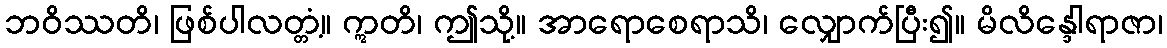
ဘဝိဿတိ၊ ဖြစ်ပါလတ္တံ့။ ဣတိ၊ ဤသို့။ အာရောစေရာသိ၊ လျှောက်ပြီး၍။ မိလိန္ဒေါရာဇာ၊